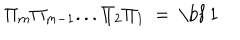
LaTeX: \Pi _ { m } \Pi _ { m - 1 } . . . \Pi _ { 2 } \Pi _ { 1 } \ = \ \mathrm { \bf ~ 1 }